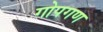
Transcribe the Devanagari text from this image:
गोपगण